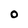
Character: O